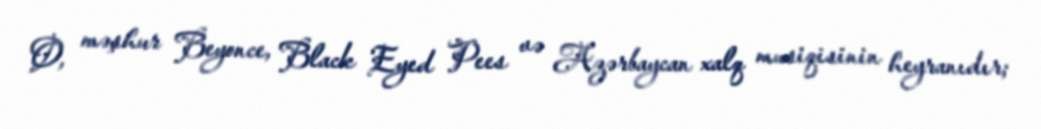
O, məşhur Beyonce, Black Eyed Pees və Azərbaycan xalq musiqisinin heyranıdır;